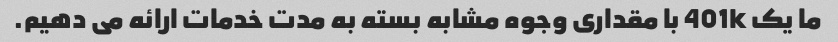
ما یک 401k با مقداری وجوه مشابه بسته به مدت خدمات ارائه می دهیم.